Vaccine operations Central Provinces 1900-1911 - 1900-1911
Year: 1900
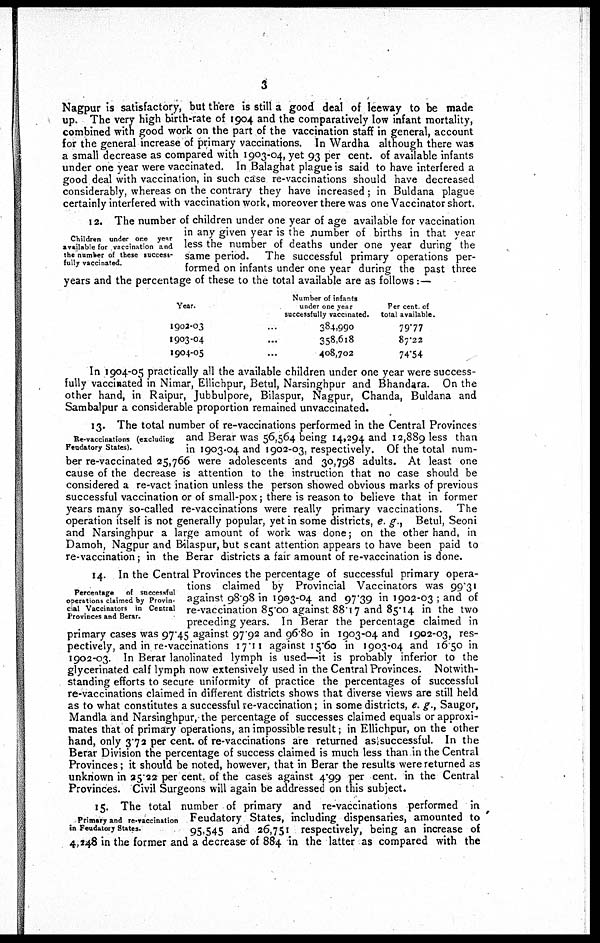
3
Nagpur is satisfactory, but there is still a good deal of leeway to be made
up. The very high birth-rate of 1904 and the comparatively low infant mortality,
combined with good work on the part of the vaccination staff in general, account
for the general increase of primary vaccinations. In Wardha although there was
a small decrease as compared with 1903-04, yet 93 per cent. of available infants
under one year were vaccinated. In Balaghat plague is said to have interfered a
good deal with vaccination, in such case re-vaccinations should have decreased
considerably, whereas on the contrary they have increased; in Buldana plague
certainly interfered with vaccination work, moreover there was one Vaccinator short.
Children under one year
available for vaccination and
the number of these success-
fully vaccinated.
12. The number of children under one year of age available for vaccination
in any given year is the number of births in that year
less the number of deaths under one year during the
same period. The successful primary operations per-
formed on infants under one year during the past three
years and the percentage of these to the total available are as follows:—
Year.
1902-03
1903-04
1904-05
Number of infants
under one year
successfully vaccinated.
384,990
358,6l8
408.702
Per cent of
total available.
7977
87.22
74.54
In 1904-05 practically all the available children under one year were success-
fully vaccinated in Nimar, Ellichpur, Betul, Narsinghpur and Bhandara. On the
other hand, in Raipur, Jubbulpore, Bilaspur, Nagpur, Chanda, Buldana and
Sambalpur a considerable proportion remained unvaccinated.
Re-vaccinations (excluding
Feudatory States).
13. The total number of re-vaccinations performed in the Central Provinces
and Berar was 56,564 being 14,294 and 12,889 less than
in 1903.04 and 1902-03, respectively. Of the total num-
ber re-vaccinated 25,766 were adolescents and 30,798 adults. At least one
cause of the decrease is attention to the instruction that no case should be
considered a re-vaccination unless the person showed obvious marks of previous
successful vaccination or of small-pox; there is reason to believe that in former
years many so-called re-vaccinations were really primary vaccinations. The
operation itself is not generally popular, yet in some districts, e. g., Betul, Seoni
and Narsinghpur a large amount of work was done; on the other hand, in
Damoh, Nagpur and Bilaspur, but scant attention appears to have been paid to
re-vaccination; in the Berar districts a fair amount of re-vaccination is done.
Percentage
of successful
operations claimed by Provin-
cial Vaccinators in Central
Provinces and Berar.
14. In the Central Provinces the percentage of successful primary opera-
tions claimed by Provincial Vaccinators was 99.31
against 98.98 in 1903-04 and 97.39 in 1902-03 ; and of
re-vaccination 85.00 against 88.17 and 85.14 in the two
preceding years. In Berar the percentage claimed in
primary cases was 97.45 against 97.92 and 96.80 in 1903-04 and 1902-03, res-
pectively, and in re-vaccinations 17.11 against 15.60 in 1903-04 and 16.50 in
1902-03. In Berar lanolinated lymph is used—it is probably inferior to the
glycerinated calf lymph now extensively used in the Central Provinces. Notwith-
standing efforts to secure uniformity of practice the percentages of successful
re-vaccinations claimed in different districts shows that diverse views are still held
as to what constitutes a successful re-vaccination; in some districts, e. g., Saugor,
Mandla and Narsinghpur, the percentage of successes claimed equals or approxi-
mates that of primary operations, an impossible result; in Ellichpur, on the other
hand, only 3.72 per cent. of re-vaccinations are returned as successful. In the
Berar Division the percentage of success claimed is much less than in the Central
Provinces; it should be noted, however, that in Berar the results were returned as
unknown in 25.22 per cent. of the cases against 4.99 per cent. in the Central
Provinces. Civil Surgeons will again be addressed on this subject.
Primary and re-vaccination
in Feudatory States.
15. The total number of primary and re-vaccinations performed in
Feudatory States, including dispensaries, amounted to
95,545 and 26,751 respectively, being an increase of
4,248 in the former and a decrease of 884 in the latter as compared with the